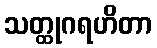
သတ္ထုဂရဟိတာ